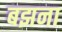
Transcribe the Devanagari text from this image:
बझना